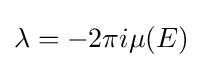
\lambda =-2\pi i\mu (E)